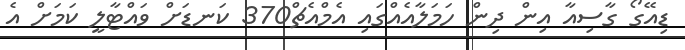
ޑިއޭގޯ ގާސިއާ އިން ދިން ހަމަލާއެއްގައި އެމްއެޗް370 ކަނޑަށް ވައްޓާލީ ކަމަށް އެ